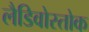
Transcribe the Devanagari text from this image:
लैडिवोस्तोक